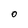
Character: O